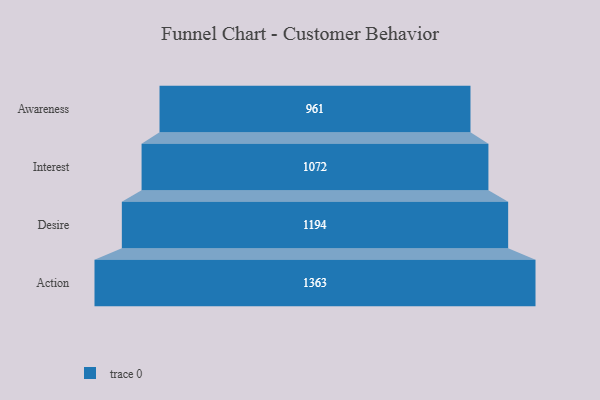
{"axis": {"x": "Stage", "y": "Value"}, "legend": [""], "data": [{"x": "Awareness", "y": 961.0, "type": ""}, {"x": "Interest", "y": 1072.0, "type": ""}, {"x": "Desire", "y": 1194.0, "type": ""}, {"x": "Action", "y": 1363.0, "type": ""}]}